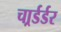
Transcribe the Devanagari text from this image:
चार्र्डर्डर